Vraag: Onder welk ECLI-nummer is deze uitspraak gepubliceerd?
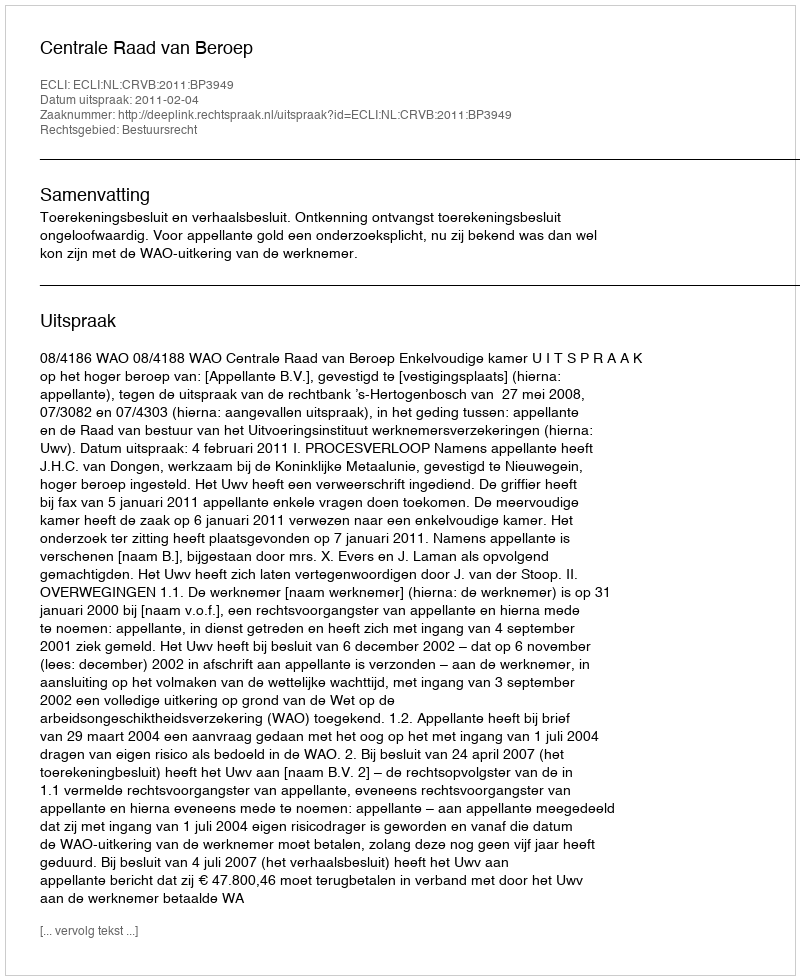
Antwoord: ECLI:NL:CRVB:2011:BP3949